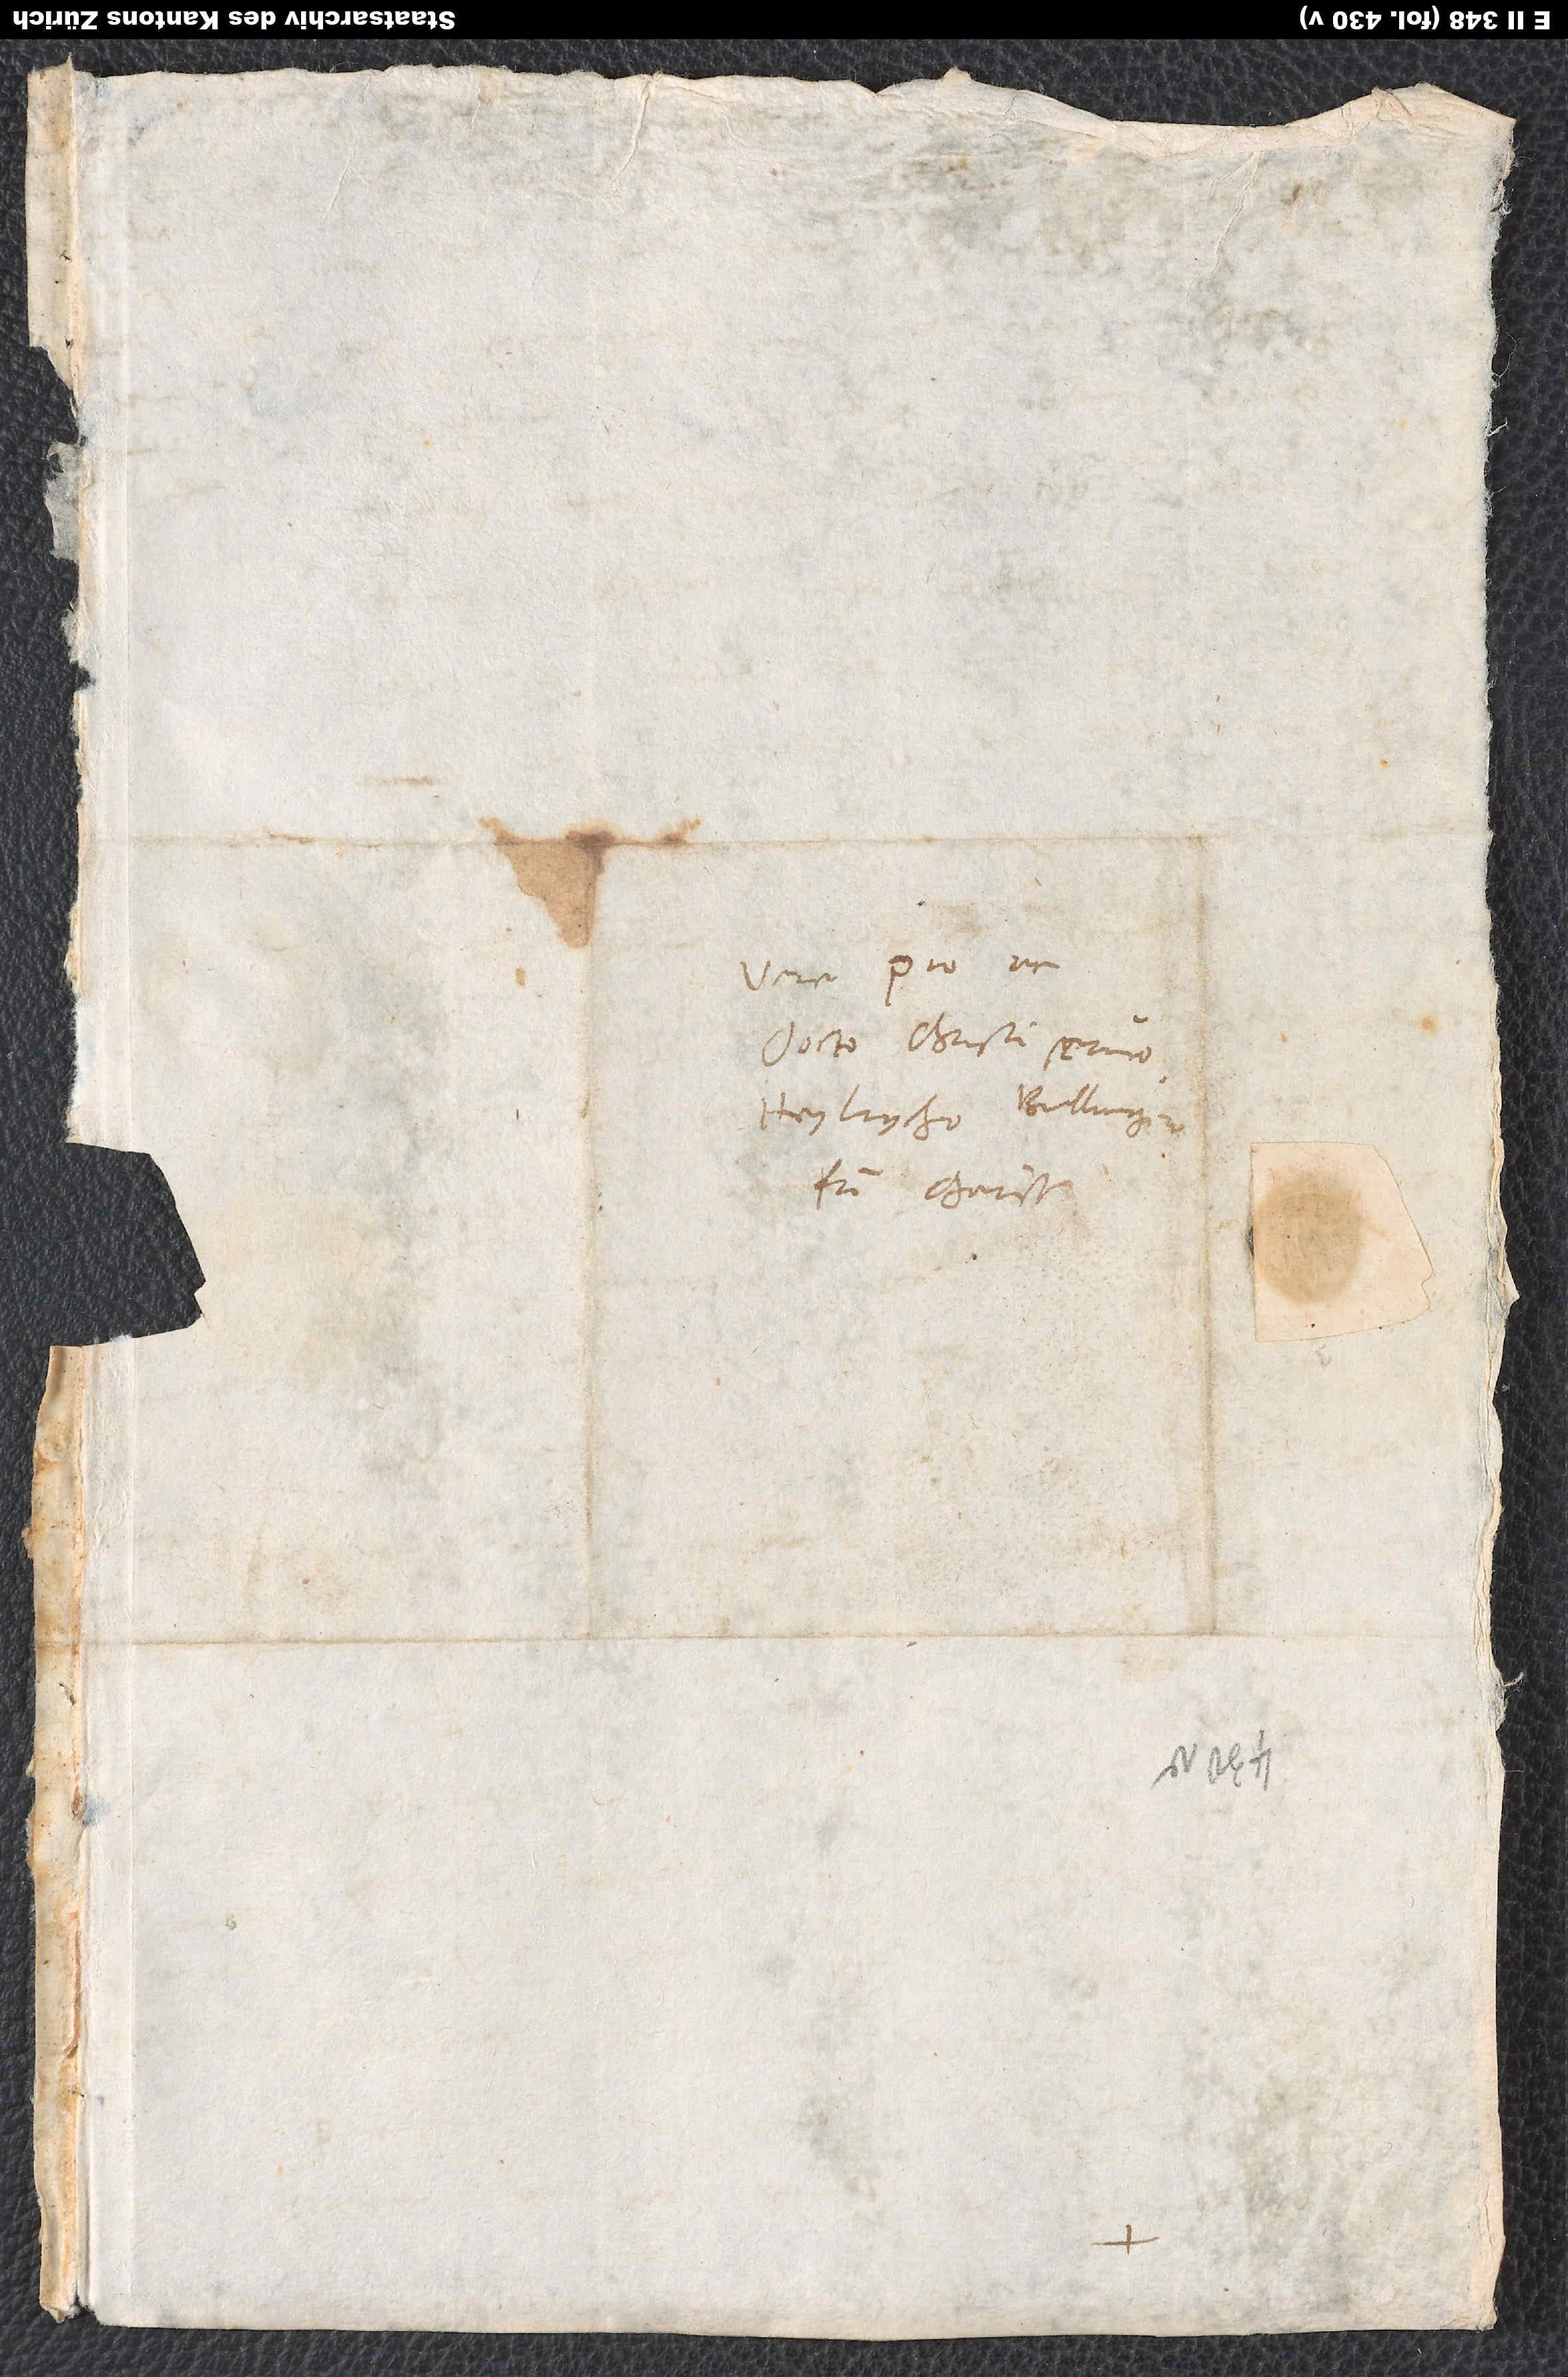
Vere pio ac
docto Christi servo
Heylrycho Bullingero,
fratri charissimo.